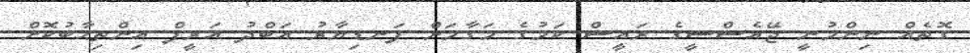
ގޮތެއް ނިންމުނީ ޖޭއެސްސީގެ ރައީސް ކަމުގެ މަގާމަށް ފަނޑިޔާރު އަބްދު އަރީފް އިންތިޙާބުކޮށް